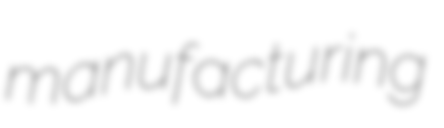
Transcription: manufacturing